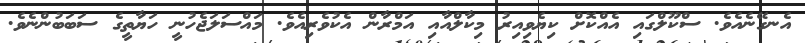
އެނގޭނެއެވެ. ސްކޫލްގައި އެއްކޮށް ކިޔެވިއިރު މިކާލްއާއި އަމްރާން އެކުވެރިއެވެ. މައްސަލަޖެހުނީ ހަޔާތީގެ ސަބަބުންނެވެ.